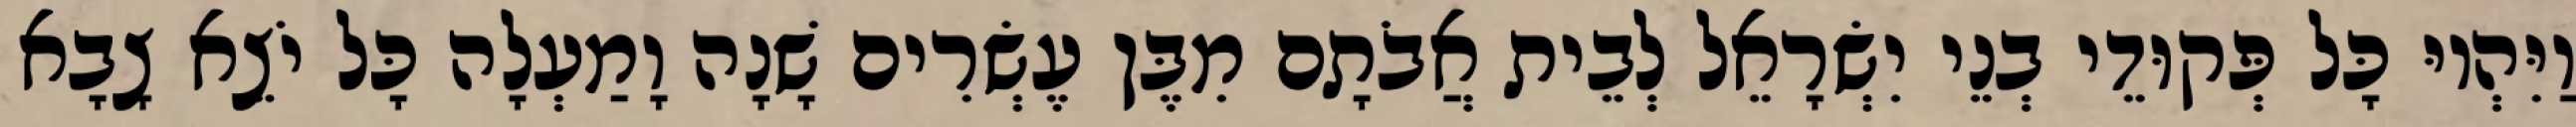
וַיִּהְיוּ כָּל פְּקוּדֵי בְנֵי יִשְׂרָאֵל לְבֵית אֲבֹתָם מִבֶּן עֶשְׂרִים שָׁנָה וָמַעְלָה כָּל יֹצֵא צָבָא